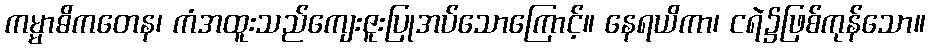
ကမ္မာဓိကတေန၊ ကံအထူးသည်ကျေးဇူးပြုအပ်သောကြောင့်။ နေရယိကာ၊ ငရဲ၌ဖြစ်ကုန်သော။